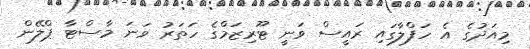
މިއަދުގެ އެ ހަފްލާގައި ރައީސް ވަނީ ޓޫރިޒަމްގެ ހަތަރު ވަނަ މާސްޓާ ޕްލޭން